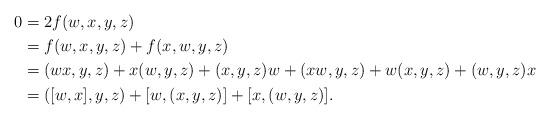
LaTeX: \begin{align*} 0&=2f(w,x,y,z)&\\ &=f(w,x,y,z)+f(x,w,y,z)&\\ &=(wx,y,z)+x(w,y,z)+(x,y,z)w+(xw,y,z)+w(x,y,z)+(w,y,z)x&\\ &=([w,x],y,z)+[w,(x,y,z)]+[x, (w,y,z)].& \end{align*}